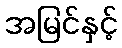
အမြင်နှင့်